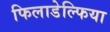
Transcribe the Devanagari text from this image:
फिलाडेल्‍फिया